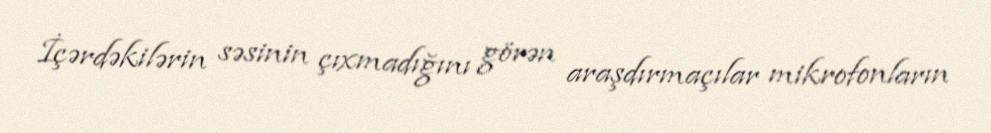
İçərdəkilərin səsinin çıxmadığını görən araşdırmaçılar mikrofonların